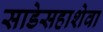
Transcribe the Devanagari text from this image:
साडेसहाशेवा